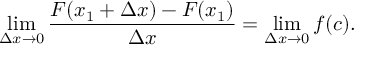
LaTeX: \operatorname* { l i m } _ { \Delta x \to 0 } { \frac { F ( x _ { 1 } + \Delta x ) - F ( x _ { 1 } ) } { \Delta x } } = \operatorname* { l i m } _ { \Delta x \to 0 } f ( c ) .